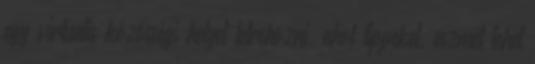
egy virtuális közösségi helyet létrehozni, ahol tippeket, eszmét lehet